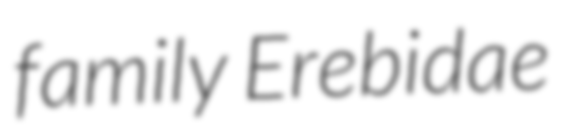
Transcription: family Erebidae